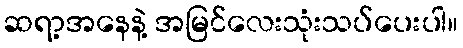
ဆရာ့အနေနဲ့ အမြင်လေးသုံးသပ်ပေးပါ။